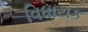
વિધાયક